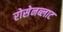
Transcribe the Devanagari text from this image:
रोसेनब्लाट